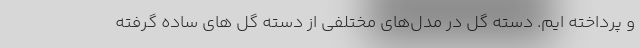
و پرداخته ایم. دسته گل در مدل‌های مختلفی از دسته گل های ساده گرفته